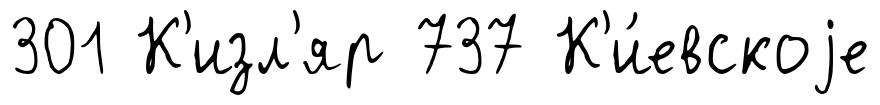
301 К'изл'яр 737 К'и́евскоjе